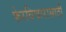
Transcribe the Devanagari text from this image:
फेरविचारासाठी